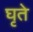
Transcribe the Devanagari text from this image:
घृते